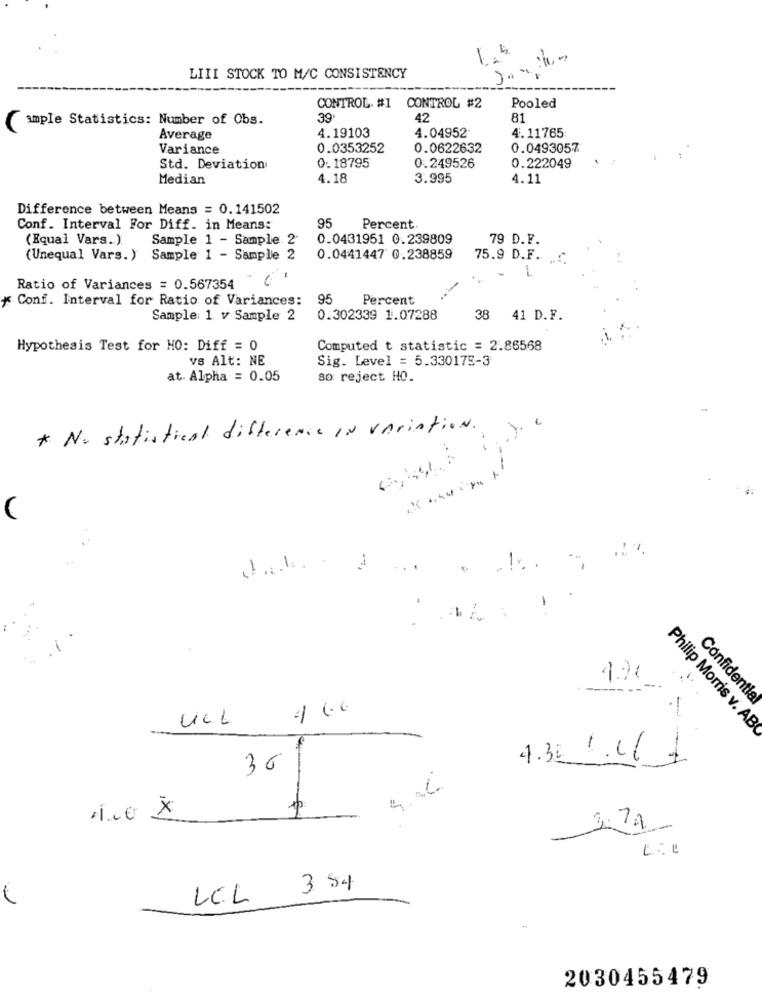
14
LIII STOCK TO M/C CONSISTENCY
CONTROL. #1 CONTROL #2
Pooled
39
42
81
Cumple Statistics: Number of Obs.
4.04952.
4.11765
Average
4.19103
Variance
0.0353252
0.0622632
0.0493057
Std. Deviation
0:18795
0.249526
0.222049
Median
4.18
3.995
4.11
Difference between Means = 0.141502
95
Conf. Interval For Diff. in Means:
Percent
(Equal Vars. )
Sample 1 - Sample 2
0.0431951 0.239809
79 D.F.
(Unequal Vars.) Sample 1 - Sample 2
0.0441447 0.238859
75.9 D.F.
-
Ratio of Variances = 0.567354
" Conf. Interval for Ratio of Variances:
95
Percent
Sample 1 v Sample 2
0.302339 1.07288
38
41 D.F.
Hypothesis Test for HO: Diff = 0
Computed t statistic = 2.86568
vs Alt: NE
Sig. Level = 5.330175-3
at. Alpha = 0.05
so reject HO.
* No statistical difference IN variAtion.
"
-
..
1.71
Confidentla
4 66
ULL
Philip Morris v. ABC
4.38 1.1 2
- -
36
3.74-
3 54
LEL
2030455479